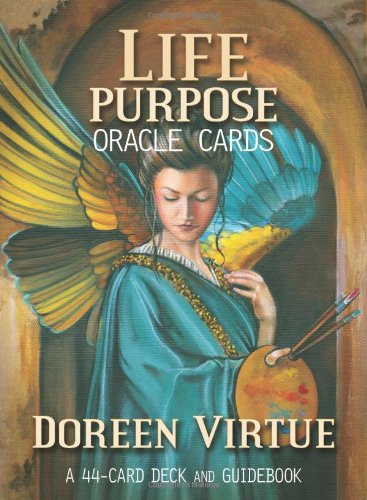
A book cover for Life Purpose Oracle Cards; Doreen Virtue; Religion & Spirituality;